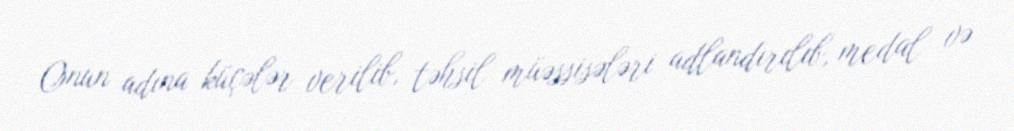
Onun adına küçələr verilib, təhsil müəssisələri adlandırılıb, medal və